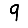
Digit: 9